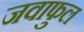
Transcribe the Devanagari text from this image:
जवाफुल